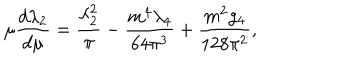
\mu { \frac { d \lambda _ { 2 } } { d \mu } } = { \frac { \lambda _ { 2 } ^ { 2 } } { \pi } } - { \frac { m ^ { 4 } \lambda _ { 4 } } { 6 4 \pi ^ { 3 } } } + { \frac { m ^ { 2 } g _ { 4 } } { 1 2 8 \pi ^ { 2 } } } ,